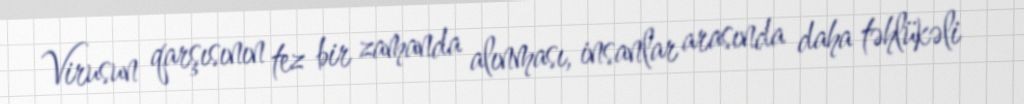
Virusun qarşısının tez bir zamanda alınması, insanlar arasında daha təhlükəli